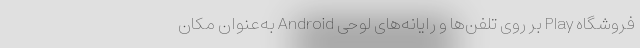
فروشگاه Play بر روی تلفن‌ها و رایانه‌های لوحی Android به‌عنوان مکان